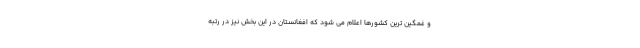
و غمگین ترین کشورها اعلام می شود که افغانستان در این بخش نیز در رتبه